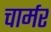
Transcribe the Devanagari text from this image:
चार्मर